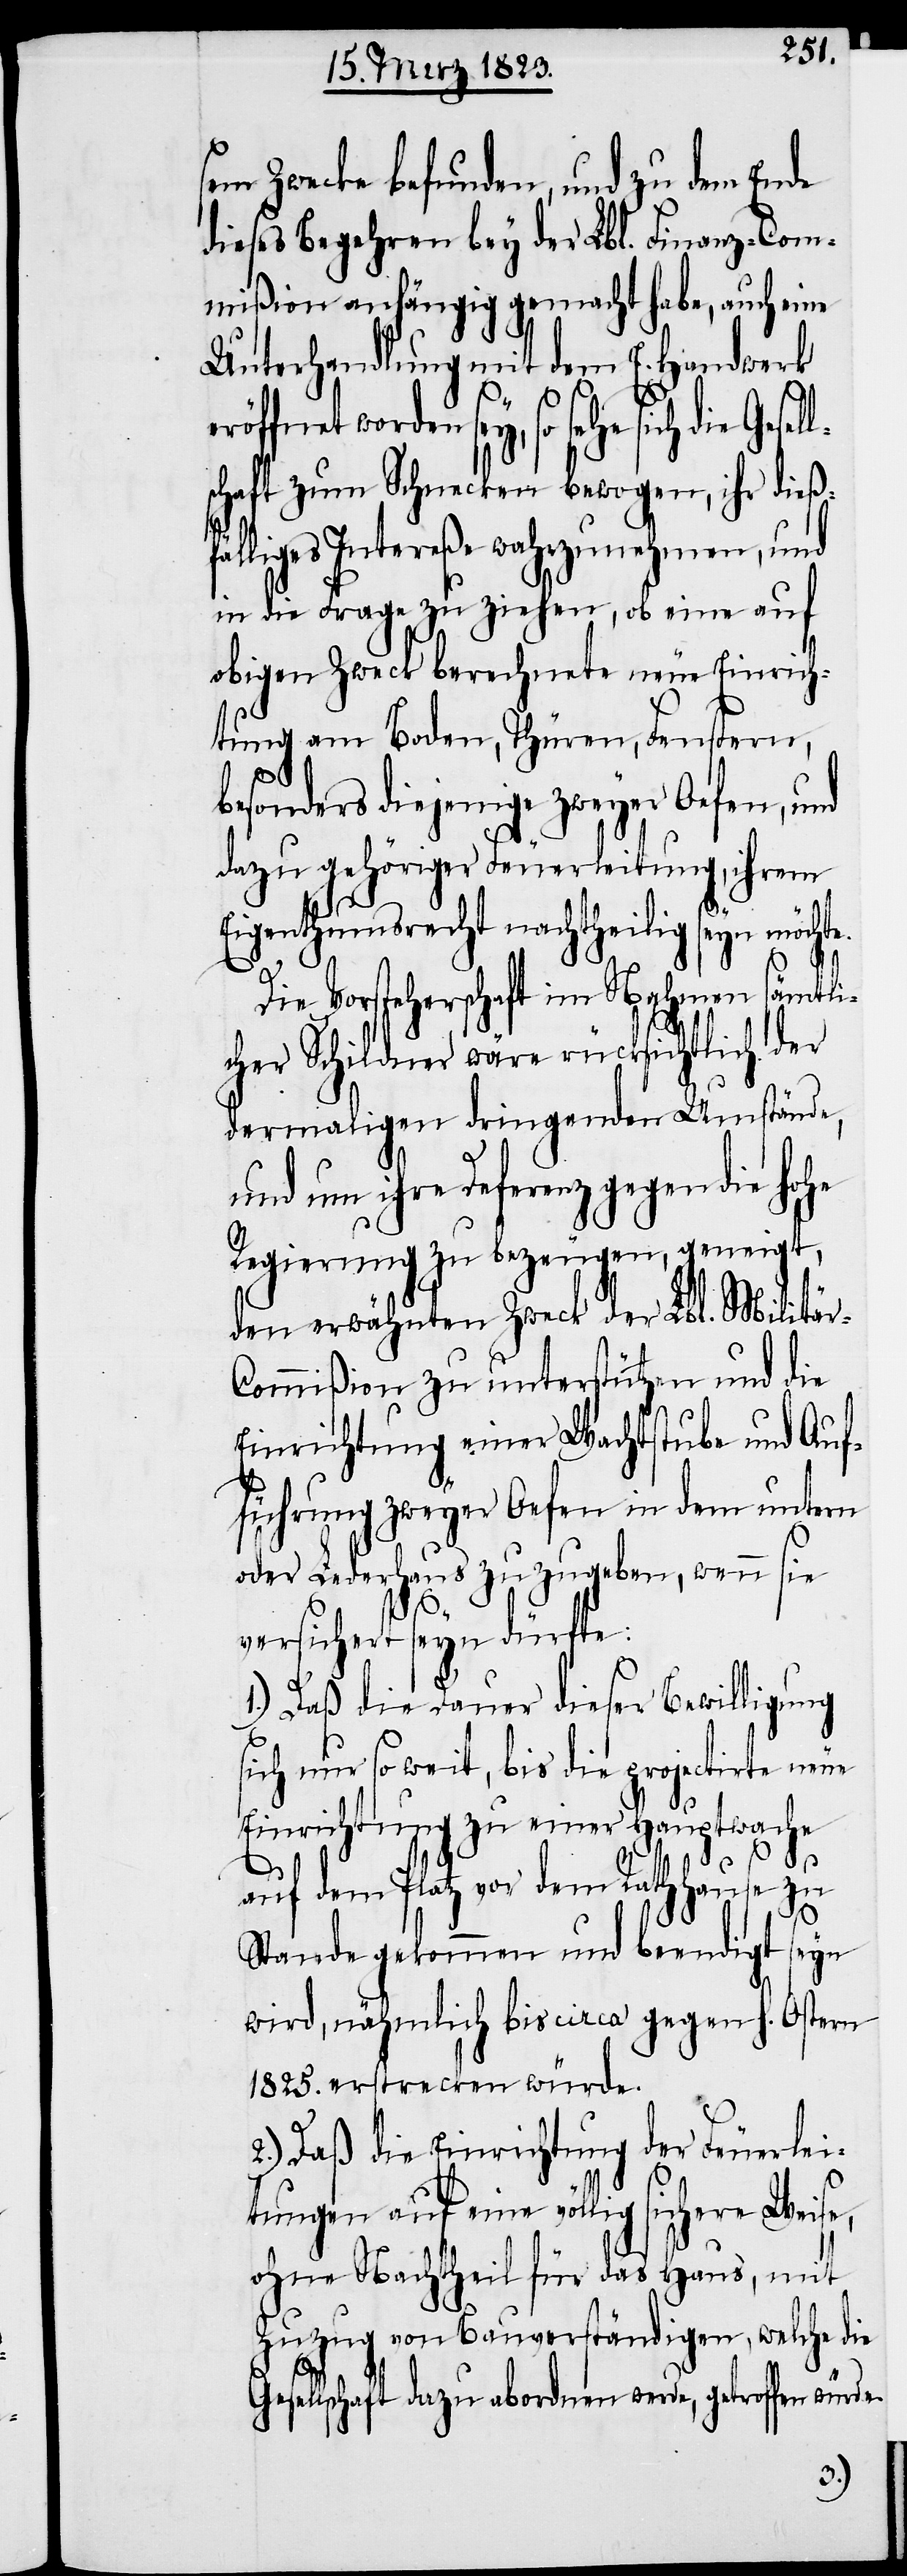
sem Zwecke befunden, und zu dem Ende
dieses Begehren bey der Lbl. Finanz-Com¬
mißion anhängig gemacht habe, auch eine
Unterhandlung mit dem E. Handwerk
öffnet worden sey, so sehe sich die
schaft zum Schnecken bewogen, ihr dieß¬
lliges Intereße wahrzunehmen, und
in die Frage zu ziehen, ob eine auf
obigen Zweck berechnete neue Einrich¬
tung am Boden, Thüren, Fenstern,
besonders diejenige zweyer Oefen, und
dazu gehöriger Feuerleitung, ihrem
Eigenthumsrecht nachtheilig seyn möchte.
Ge¬
Die Vorsteherschaft im Nahmen sämtli¬
cher Schildner wäre rücksichtlich der
dermaligen dringenden Umstände,
und um ihre Deferenz gegen die hohe
Regierung zu bezeugen, geneigt,
den erwähnten Zweck der Lbl. Militär-C¬
ommißion zu unterstützen und die
Einrichtung einer Wachtstube und Auf¬
führung zweyer Oefen in dem untern
oder Lederhaus zuzugeben, wenn sie
versichert seyn dürfte:
1.) Daß die Dauer dieser Bewilligung
sich nur so weit, bis die projectirte neue
Einrichtung zu einer Hauptwache
auf dem Platz vor dem Rathhause zu
Stande gekommen und beendigt seyn
wird, nähmlich bis circa gegen h. Ostern
1825. erstrecken würde.
2.) Daß die Einrichtung der Feuerlei¬
tungen auf eine völlig sichere Weis¬
ohne Nachtheil für das Haus, mit
Zuzug von Bauverständigen, welche die
sellschaft dazu abordnen werde, getroffen